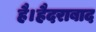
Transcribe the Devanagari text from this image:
है।हैदराबाद